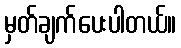
မှတ်ချက်ပေးပါတယ်။